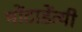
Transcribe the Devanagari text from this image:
मोंटाडेंत्यी